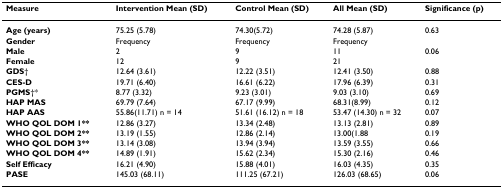
<table><thead><tr><td><b>Measure</b></td><td><b>Intervention Mean (SD)</b></td><td><b>Control Mean (SD)</b></td><td><b>All Mean (SD)</b></td><td><b>Significance (p)</b></td></tr></thead><tbody><tr><td><b>Age (years)</b></td><td>75.25 (5.78)</td><td>74.30(5.72)</td><td>74.28 (5.87)</td><td>0.63</td></tr><tr><td><b>Gender</b></td><td>Frequency</td><td>Frequency</td><td>Frequency</td><td></td></tr><tr><td><b>Male</b></td><td>2</td><td>9</td><td>11</td><td>0.06</td></tr><tr><td><b>Female</b></td><td>12</td><td>9</td><td>21</td><td></td></tr><tr><td><b>GDS</b>†</td><td>12.64 (3.61)</td><td>12.22 (3.51)</td><td>12.41 (3.50)</td><td>0.88</td></tr><tr><td><b>CES-D</b></td><td>19.71 (6.40)</td><td>16.61 (6.22)</td><td>17.96 (6.39)</td><td>0.31</td></tr><tr><td><b>PGMS</b>†*</td><td>8.77 (3.32)</td><td>9.23 (3.01)</td><td>9.03 (3.10)</td><td>0.69</td></tr><tr><td><b>HAP MAS</b></td><td>69.79 (7.64)</td><td>67.17 (9.99)</td><td>68.31(8.99)</td><td>0.12</td></tr><tr><td><b>HAP AAS</b></td><td>55.86(11.71) n = 14</td><td>51.61 (16.12) n = 18</td><td>53.47 (14.30) n = 32</td><td>0.07</td></tr><tr><td><b>WHO QOL DOM 1**</b></td><td>12.86 (3.27)</td><td>13.34 (2.48)</td><td>13.13 (2.81)</td><td>0.89</td></tr><tr><td><b>WHO QOL DOM 2**</b></td><td>13.19 (1.55)</td><td>12.86 (2.14)</td><td>13.00(1.88</td><td>0.19</td></tr><tr><td><b>WHO QOL DOM 3**</b></td><td>13.14 (3.08)</td><td>13.94 (3.94)</td><td>13.59 (3.55)</td><td>0.66</td></tr><tr><td><b>WHO QOL DOM 4**</b></td><td>14.89 (1.91)</td><td>15.62 (2.34)</td><td>15.30 (2.16)</td><td>0.46</td></tr><tr><td><b>Self Efficacy</b></td><td>16.21 (4.90)</td><td>15.88 (4.01)</td><td>16.03 (4.35)</td><td>0.35</td></tr><tr><td><b>PASE</b></td><td>145.03 (68.11)</td><td>111.25 (67.21)</td><td>126.03 (68.65)</td><td>0.06</td></tr></tbody></table>